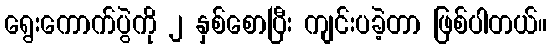
ရွေးကောက်ပွဲကို ၂ နှစ်စောပြီး ကျင်းပခဲ့တာ ဖြစ်ပါတယ်။